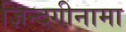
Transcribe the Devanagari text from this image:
ज़िन्दगी़नामा